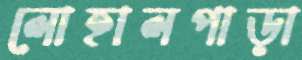
লোহালপাড়া